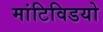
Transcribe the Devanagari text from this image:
मांटिविडयो